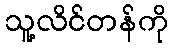
သူ့လိင်တန်ကို